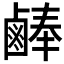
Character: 𪉪